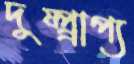
দুষ্প্র্রাপ্য